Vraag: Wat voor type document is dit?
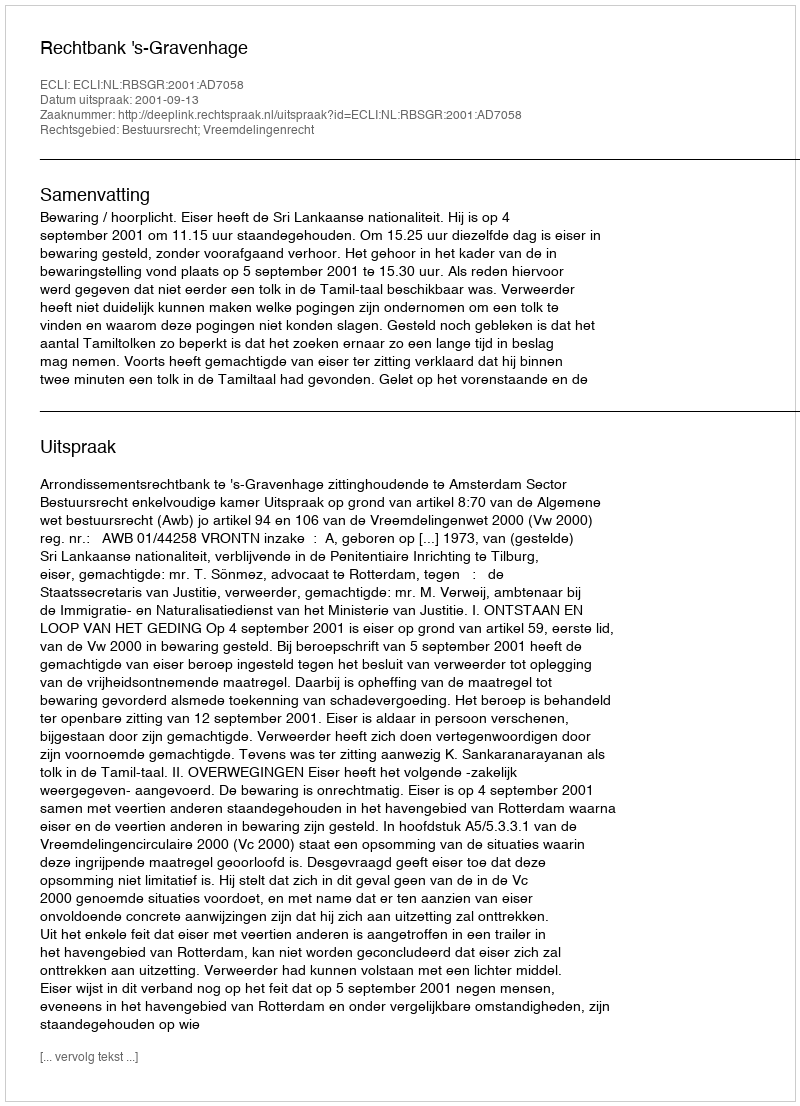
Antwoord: Uitspraak